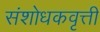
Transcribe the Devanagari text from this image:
संशोधकवृत्ती